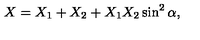
X = X _ { 1 } + X _ { 2 } + X _ { 1 } X _ { 2 } \sin ^ { 2 } \alpha ,